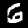
Label: 6